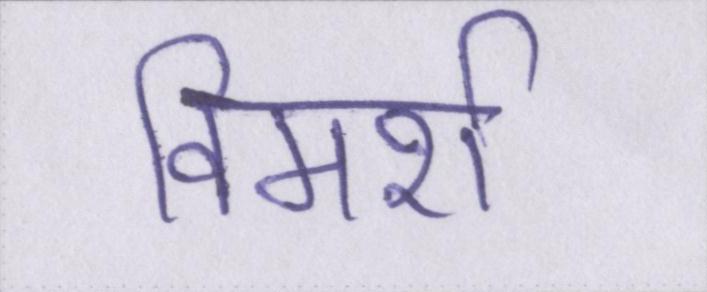
विमर्श